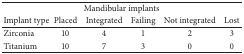
| <COLSPAN=6> Mandibular implants |
 | Implant type | Placed | Integrated | Failing | Not integrated | Lost |
 | --- | --- | --- | --- | --- | --- |
 | Zirconia | 10 | 4 | 1 | 2 | 3 |
 | Titanium | 10 | 7 | 3 | 0 | 0 |